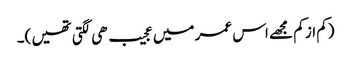
(کم از کم مجھے اس عمر میں عجیب ھی لگتی تھیں )۔